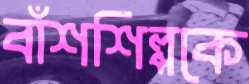
বাঁশশিল্পকে